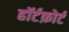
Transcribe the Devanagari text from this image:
हॉर्टफ़ोर्ट